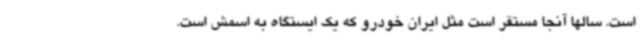
است. سالها آنجا مستقر است مثل ایران خودرو که یک ایستگاه به اسمش است.